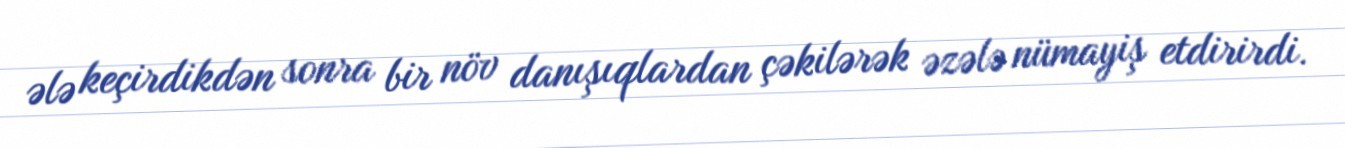
ələ keçirdikdən sonra bir növ danışıqlardan çəkilərək əzələ nümayiş etdirirdi.